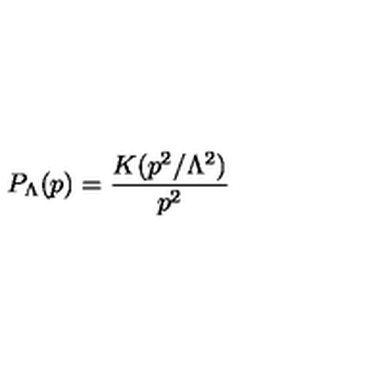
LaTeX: P _ { \Lambda } ( p ) = \frac { K ( p ^ { 2 } / \Lambda ^ { 2 } ) } { p ^ { 2 } }